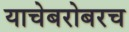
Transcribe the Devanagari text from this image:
याचेबरोबरच